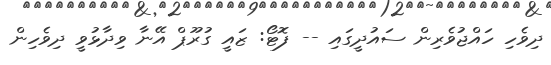
ދިވެހި ހައްޖުވެރިން ސައުދީގައި -- ފޮޓޯ: ޒައީ ގުރޫޕް އޭނާ ވިދާޅުވީ ދިވެހިން